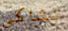
تشاكي